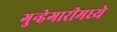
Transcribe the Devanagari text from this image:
गुन्हेगारीमध्ये